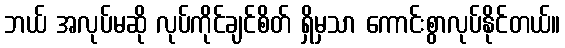
ဘယ် အလုပ်မဆို လုပ်ကိုင်ချင်စိတ် ရှိမှသာ ကောင်းစွာလုပ်နိုင်တယ်။